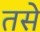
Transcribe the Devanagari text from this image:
तसेे